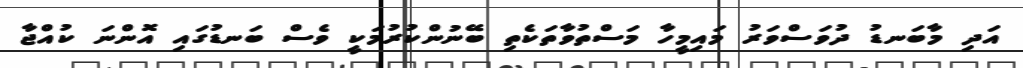
އަދި މާބަނޑު ދުވަސްވަރު މައިމީހާ މަސްތުވާތަކެތި ބޭނުންކުރުމަކީ ވެސް ބަނޑުގައި އޮންނަ ކުއްޖާ